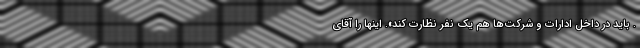
. باید در داخل ادارات و شرکت‌ها هم یک نفر نظارت کند». اینها را آقای